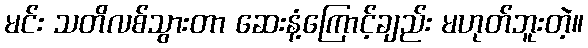
မင်း သတိလစ်သွားတာ ဆေးနံ့ကြောင့်ချည်း မဟုတ်ဘူးတဲ့။